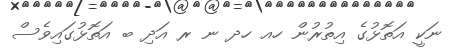
ނަކީ އަތޮޅުގެ އިތުރުން ހއ ހދ ނ ރ އަދި ބ އަތޮޅުގައިވެސް